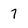
Character: 7